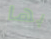
بها